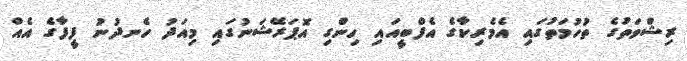
ރިޝްވަތުގެ ތުހުމަތުގައި އެމެރިކާގެ އެފްބީއައި ހިންގި އޮޕަރޭޝަނުގައި މިއަދު ހެނދުނު ފީފާގެ އެއް